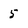
Character: 5